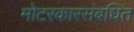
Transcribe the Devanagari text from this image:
मोटरकारसंबधित